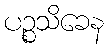
ပဉ္စသိခေန